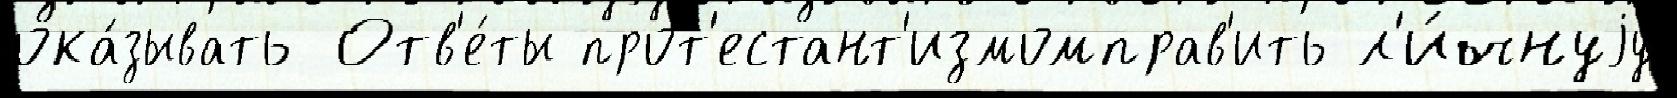
ока́зывать Отв'е́ты прот'естант'измомправ'ить л'и́чнуjу